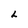
Character: L